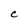
Character: C